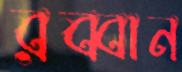
রব্বান